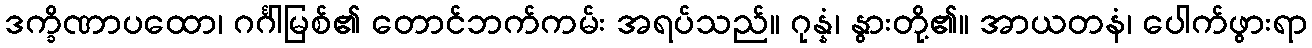
ဒက္ခိဏာပထော၊ ဂင်္ဂါမြစ်၏ တောင်ဘက်ကမ်း အရပ်သည်။ ဂုန္နံ၊ နွားတို့၏။ အာယတနံ၊ ပေါက်ဖွားရာ